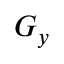
G _ { y }